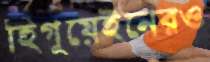
হিগুয়েইনেরও